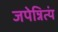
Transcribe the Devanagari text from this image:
जपेन्नित्यं